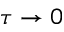
\tau \to 0